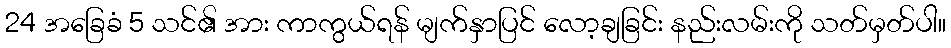
24 အခြေခံ 5 သင်၏ အား ကာကွယ်ရန် မျက်နှာပြင် လော့ချခြင်း နည်းလမ်းကို သတ်မှတ်ပါ။